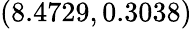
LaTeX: (8.4729,0.3038)